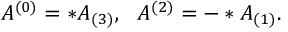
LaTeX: A ^ { ( 0 ) } = * A _ { ( 3 ) } , ~ ~ A ^ { ( 2 ) } = - * A _ { ( 1 ) } .